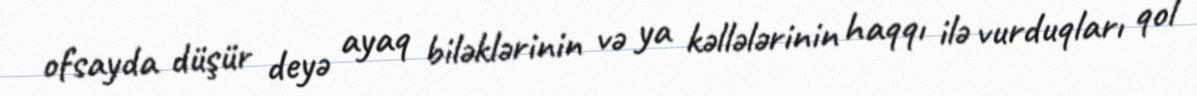
ofsayda düşür deyə ayaq biləklərinin və ya kəllələrinin haqqı ilə vurduqları qol